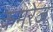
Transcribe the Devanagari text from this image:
कमरेज